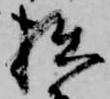
拙